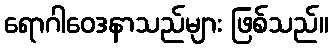
ရောဂါဝေဒနာသည်များ ဖြစ်သည်။